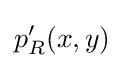
p'_{R}(x,y)